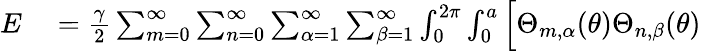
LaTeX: \begin{array}{rl}{E}&{{}=\frac{\gamma}{2}\sum_{m=0}^{\infty}\sum_{n=0}^{\infty}\sum_{\alpha=1}^{\infty}\sum_{\beta=1}^{\infty}\int_{0}^{2\pi}\int_{0}^{a}\Big[\Theta_{m,\alpha}(\theta)\Theta_{n,\beta}(\theta)}\end{array}